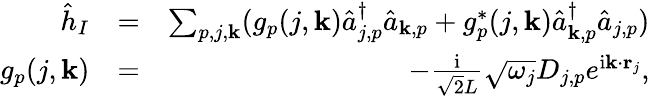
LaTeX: \begin{array}{rlr}{\hat{h}_{I}}&{=}&{\sum_{p,j,{\mathbf k}}(g_{p}(j,{\mathbf k})\hat{a}_{j,p}^{\dagger}\hat{a}_{{\mathbf k},p}+g_{p}^{*}(j,{\mathbf k})\hat{a}_{{\mathbf k},p}^{\dagger}\hat{a}_{j,p})}\\ {g_{p}(j,{\mathbf k})}&{=}&{-\frac{\mathrm{i}}{\sqrt{2}L}\sqrt{\omega_{j}}D_{j,p}e^{\mathrm{i}{\mathbf k}\cdot{\mathbf r}_{j}},}\end{array}